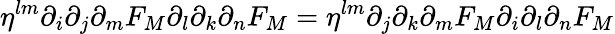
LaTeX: \eta^{lm}\partial_{i}\partial_{j}\partial_{m}F_{M}\partial_{l}\partial_{k}\partial_{n}F_{M}=\eta^{lm}\partial_{j}\partial_{k}\partial_{m}F_{M}\partial_{i}\partial_{l}\partial_{n}F_{M}